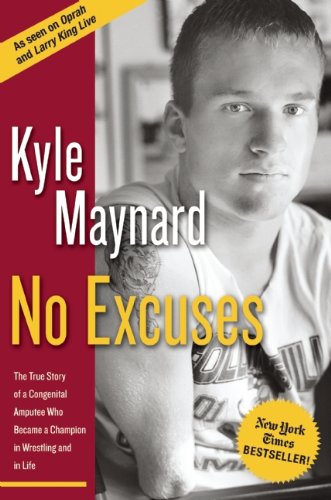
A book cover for No Excuses: The True Story of a Congenital Amputee Who Became a Champion in Wrestling and in Life; Kyle Maynard; Biographies & Memoirs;